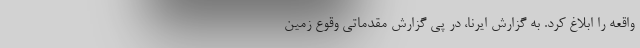
واقعه را ابلاغ کرد. به گزارش ایرنا، در پی گزارش مقدماتی وقوع زمین